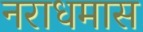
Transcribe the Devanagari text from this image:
नराधमास